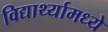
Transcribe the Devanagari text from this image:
विद्यार्थ्यामध्ये